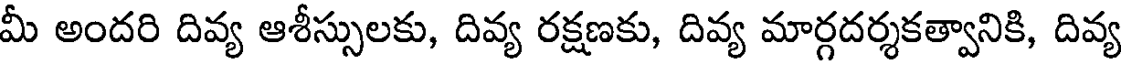
మీ అందరి దివ్య ఆశీస్సులకు, దివ్య రక్షణకు, దివ్య మార్గదర్శకత్వానికి, దివ్య